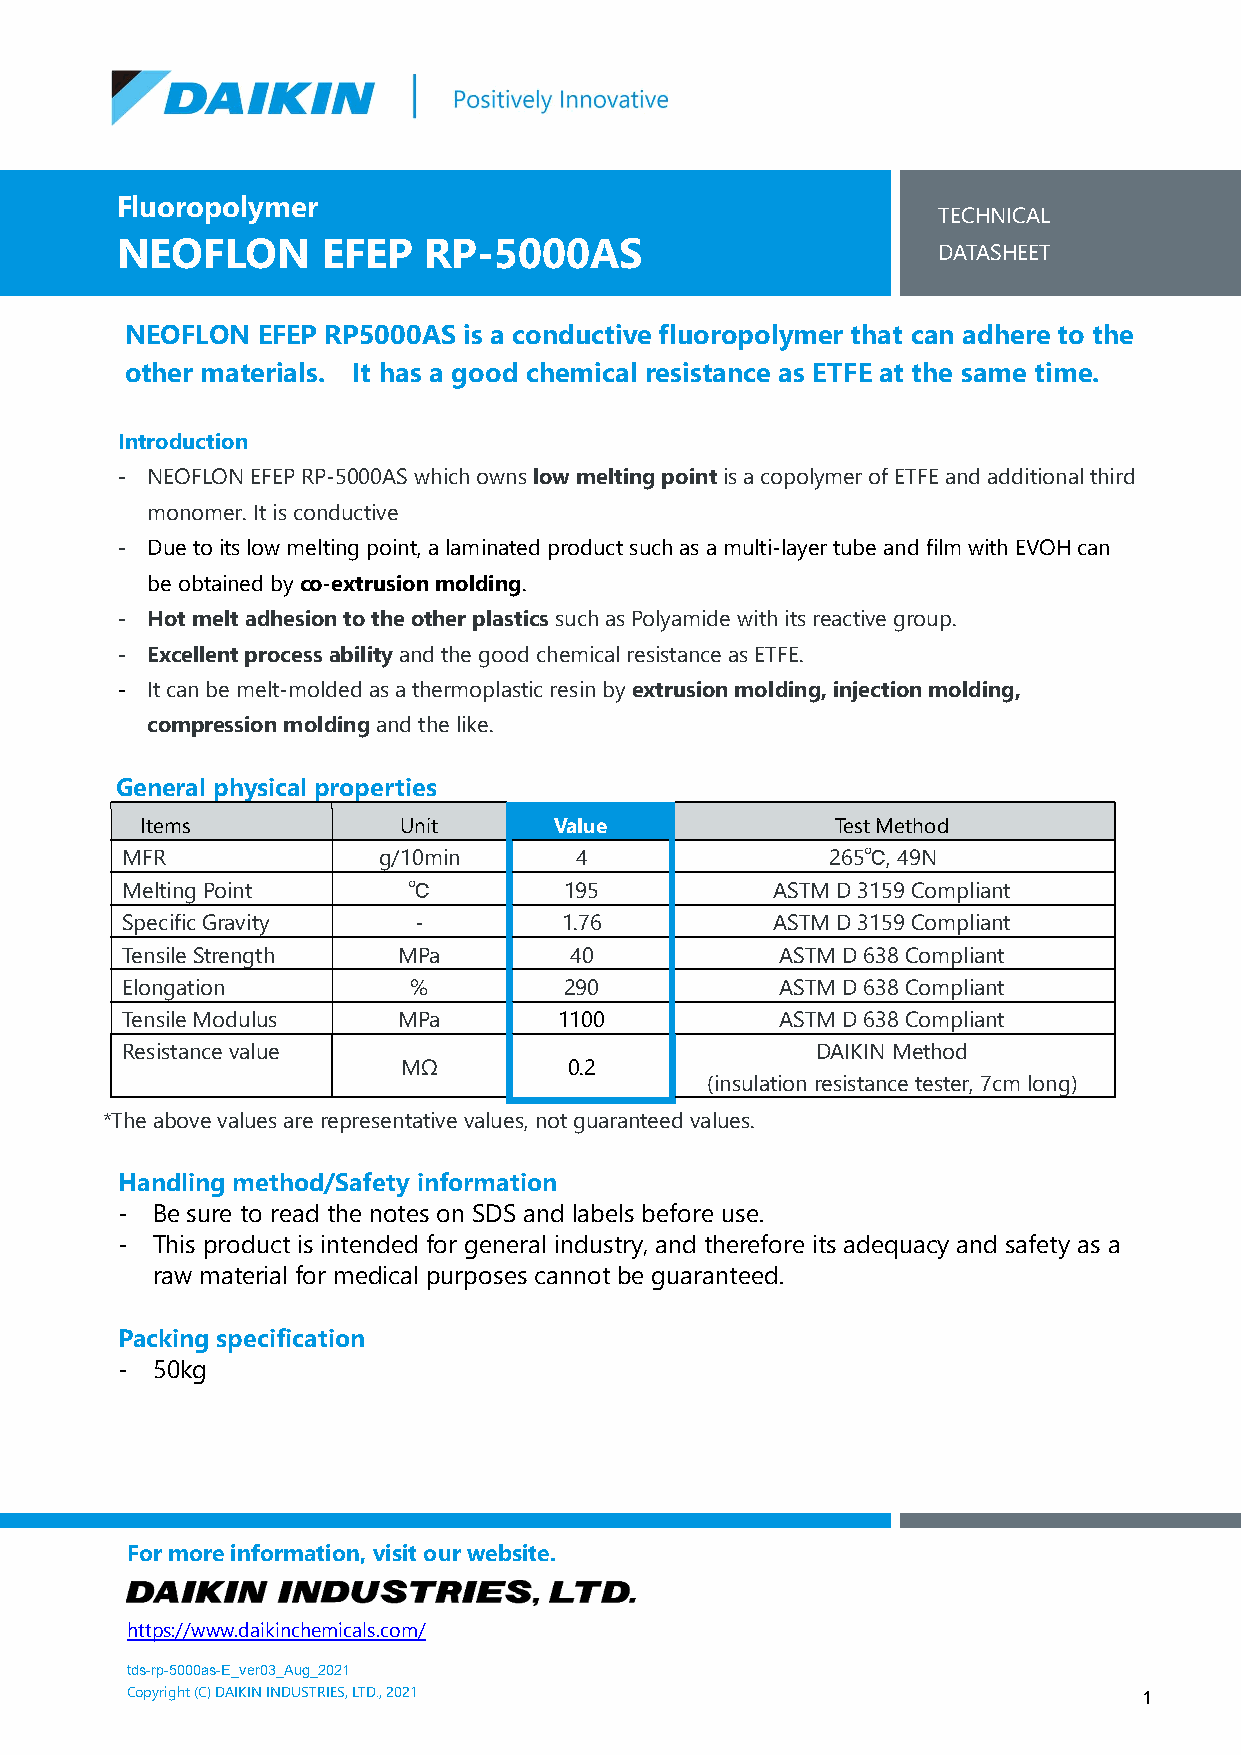
Fluoropolymer
 TECHNICAL
 NEOFLON      EFEP   RP-5000AS
 DATASHEET
 NEOFLON  EFEP RP5000AS is a conductive fluoropolymer that can adhere to the
 other materials. It has a good chemical resistance as ETFE at the same time.
 Introduction
 - NEOFLON EFEP RP-5000AS which owns low melting point is a copolymer of ETFE and additional third
 monomer. It is conductive
 - Due to its low melting point, a laminated product such as a multi-layer tube and film with EVOH can
 be obtained by co-extrusion molding.
 - Hot melt adhesion to the other plastics such as Polyamide with its reactive group.
 - Excellent process ability and the good chemical resistance as ETFE.
 - It can be melt-molded as a thermoplastic resin by extrusion molding, injection molding,
 compression molding and the like.
 General physical properties
 Items            Unit       Value             Test Method
 MFR              g/10min      4                265℃, 49N
 Melting Point      ℃         195           ASTM D 3159 Compliant
 Specific Gravity   -         1.76          ASTM D 3159 Compliant
 Tensile Strength  MPa         40            ASTM D 638 Compliant
 Elongation         %         290            ASTM D 638 Compliant
 Tensile Modulus   MPa        1100           ASTM D 638 Compliant
 Resistance value                              DAIKIN Method
 MΩ         0.2
 (insulation resistance tester, 7cm long)
 *The above values are representative values, not guaranteed values.
 Handling method/Safety information
 - Be sure to read the notes on SDS and labels before use.
 - This product is intended for general industry, and therefore its adequacy and safety as a
 raw material for medical purposes cannot be guaranteed.
 Packing specification
 - 50kg
 For more information, visit our website.
 https://www.daikinchemicals.com/
 tds-rp-5000as-E_ver03_Aug_2021
 Copyright (C) DAIKIN INDUSTRIES, LTD., 2021                         1